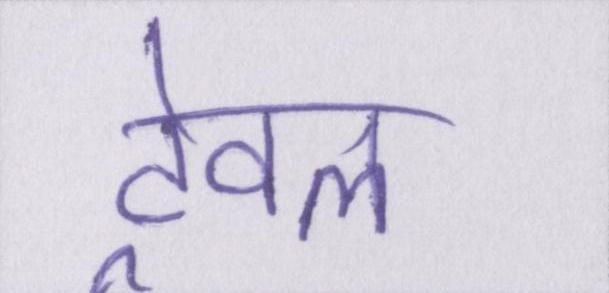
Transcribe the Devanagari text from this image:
ट्रेवल